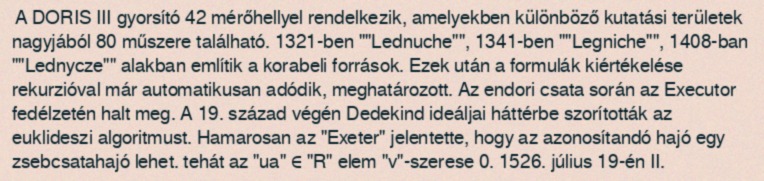
A DORIS III gyorsító 42 mérőhellyel rendelkezik, amelyekben különböző kutatási területek nagyjából 80 műszere található. 1321-ben ""Lednuche"", 1341-ben ""Legniche"", 1408-ban ""Lednycze"" alakban említik a korabeli források. Ezek után a formulák kiértékelése rekurzióval már automatikusan adódik, meghatározott. Az endori csata során az Executor fedélzetén halt meg. A 19. század végén Dedekind ideáljai háttérbe szorították az euklideszi algoritmust. Hamarosan az "Exeter" jelentette, hogy az azonosítandó hajó egy zsebcsatahajó lehet. tehát az "ua" ∈ "R" elem "v"-szerese 0. 1526. július 19-én II.